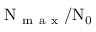
\Nu _ { \mathrm { ~ m ~ a ~ x ~ } } / \Nu _ { 0 }